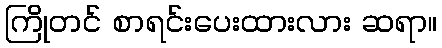
ကြိုတင် စာရင်းပေးထားလား ဆရာ။